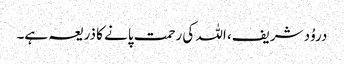
دروُد شریف، اللہ کی رحمت پانے کا ذریعہ ہے۔